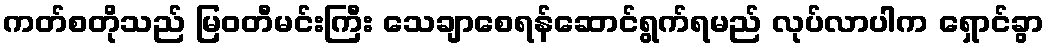
ကတ်စတိုသည် မြဝတီမင်းကြီး သေချာစေရန်ဆောင်ရွက်ရမည် လုပ်လာပါက ရှောင်ခွာ